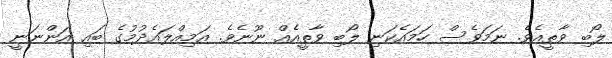
ލޯބި ވާތީއެވެ. ނަމަވެސް ހަމައެކަނި ލޯބި ވާތީއެއް ނޫނެވެ. އަމިއްލައެދުމުގެ ބައި އަންނަނީ